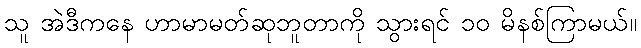
သူ အဲဒီကနေ ဟာမာမတ်ဆုဘူတာကို သွားရင် ၁၀ မိနစ်ကြာမယ်။